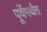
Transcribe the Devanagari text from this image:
पूर्वेपर्यंत